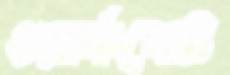
ওয়ার্কবোট